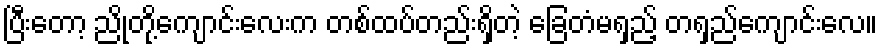
ပြီးတော့ ညိုတို့ကျောင်းလေးက တစ်ထပ်တည်းရှိတဲ့ ခြေတံမရှည့် တရှည်ကျောင်းလေ။